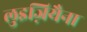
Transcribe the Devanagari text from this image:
लुइज़ियैना